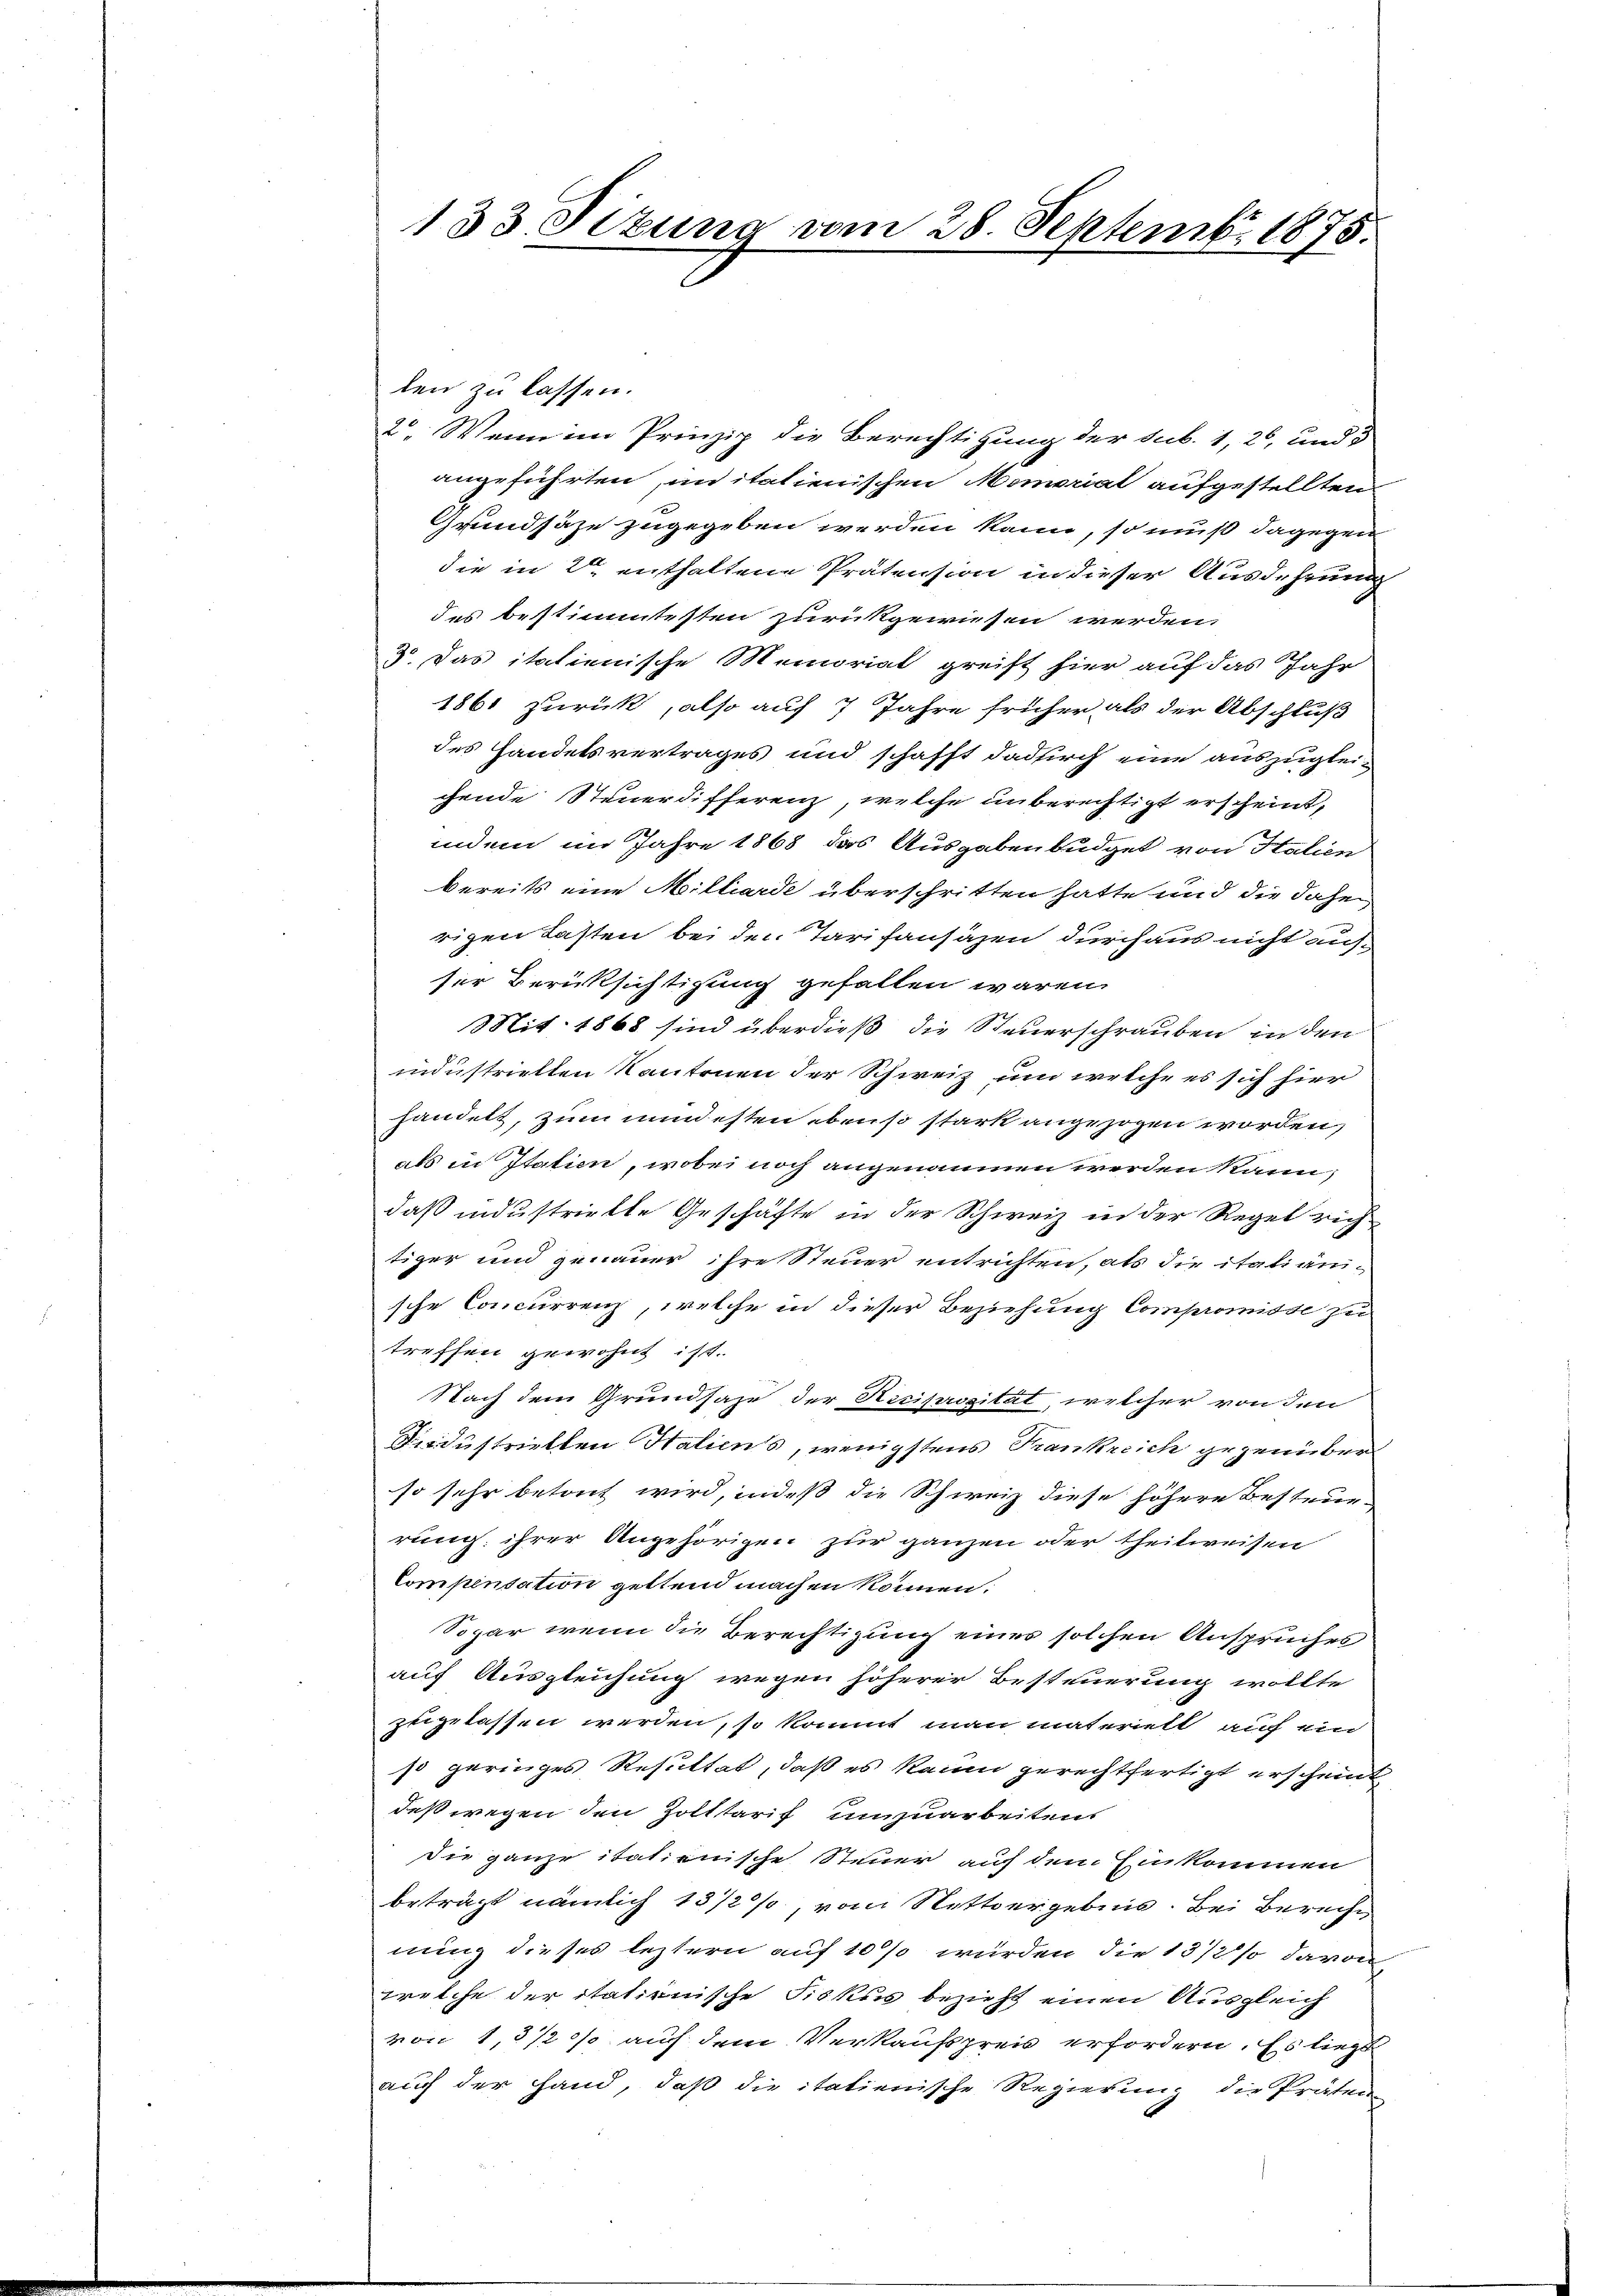
133 Sizung vom 28. Septemb. 1875.

len zu lassen.
2. Wenn im Prinzip die Berechtigung der sub. 1, 26, und 5
angeführten, unitalienischen Momorial aufgestellten
Grundsähe zugegeben werden kann, so muß dagegen
die in 2 enthaltene Prätension in dieser Ausdehrung
des bestimmtesten zurückgewiesen werden.
3 Das italienische Memorial greift hier auf das Jahr
1861 zurück, also auf 7 Jahre früher als der Abschluß
des Handelsvertrages und schafft dadurch eine auszuglei-
chende Steuerdifferenz, welche unberechtigt erscheint,
indem im Jahre 1868 das Ausgabenbüdget von Halien
bereits eine Milliarde überschritten hatte und die dahei
rigen Lasten bei den Tarifansäzen durchaus nicht aufser Berücksichtigung gefallen wären.
Mit. 1868 sind überdieß die Steuerschrauben in den
industriellen Kantonen der Schweiz und welche es sich hier
handelt, zum mindesten ebenso stark angezogen worden,
als in Italien, wobei noch angenommen werden kann,
daß industrielle Geschäfte in der Schweiz in der Regel rich
tiger und genauer ihre Steuer entrichten, als die italiäni-
sche Concurrenz, welche in dieser Beziehung Compromisse zu
treffen gewohnt ist.
Nach dem Grundsaze der Reciprosität, welcher von den
Dindustriellen Haliens, wenigstens Frankreich gegenüber
so sehr betont wird, indeß die Schweiz diese höhere Besteuerung ihrer Angehörigen zur ganzen oder theilweisen
Compensation geltend machen können.
Sogar wenn die Berechtigung eines solchen Anspruches
auf Ausgleichung wegen höherer Besteuerung wollte
zugelassen werden, so kommt man materiell auf ein
so geringes Resultat, daß es kaum gerechtfertigt erscheint
deß wegen den Zolltarif umzuarbeiten
die ganze italienische Steuer auf dem Einkommen
beträgt nämlich 13 1/2 %, vom Nettergebnis. Bei Berecht
nung dieses leztern auf 10 % wurden die 13/2% davon
welche der itationische Fiskus bezieht einen Ausgleich
von 13 1/2 % auch dem Verkaufspreis erfordern. Es liegt
auch der Hand, daß die itatienische Regierung die Präten